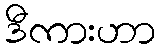
ဒီကားဟာ